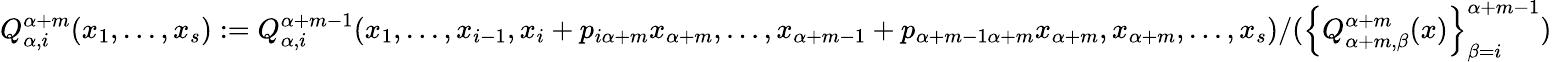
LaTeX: Q_{\alpha,i}^{\alpha+m}(x_{1},...,x_{s}):=Q_{\alpha,i}^{\alpha+m-1}(x_{1},...,x_{i-1},x_{i}+p_{i\alpha+m}x_{\alpha+m},...,x_{\alpha+m-1}+p_{\alpha+m-1\alpha+m}x_{\alpha+m},x_{\alpha+m},...,x_{s})/(\left\{ Q_{\alpha+m,\beta}^{\alpha+m}(x)\right\} _{\beta=i}^{\alpha+m-1})